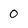
Character: 0